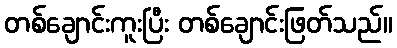
တစ်ချောင်းကူးပြီး တစ်ချောင်းဖြတ်သည်။